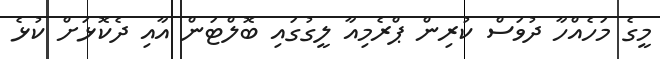
މީގެ މަހެއްހާ ދުވަސް ކުރިން ޕްރެމިއާ ލީގުގައި ބޮލްޓަން އާއި ދެކޮޅަށް ކުޅެ